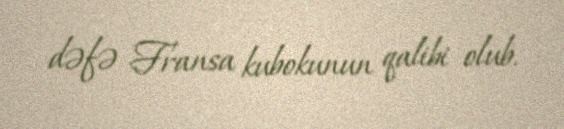
dəfə Fransa kubokunun qalibi olub.